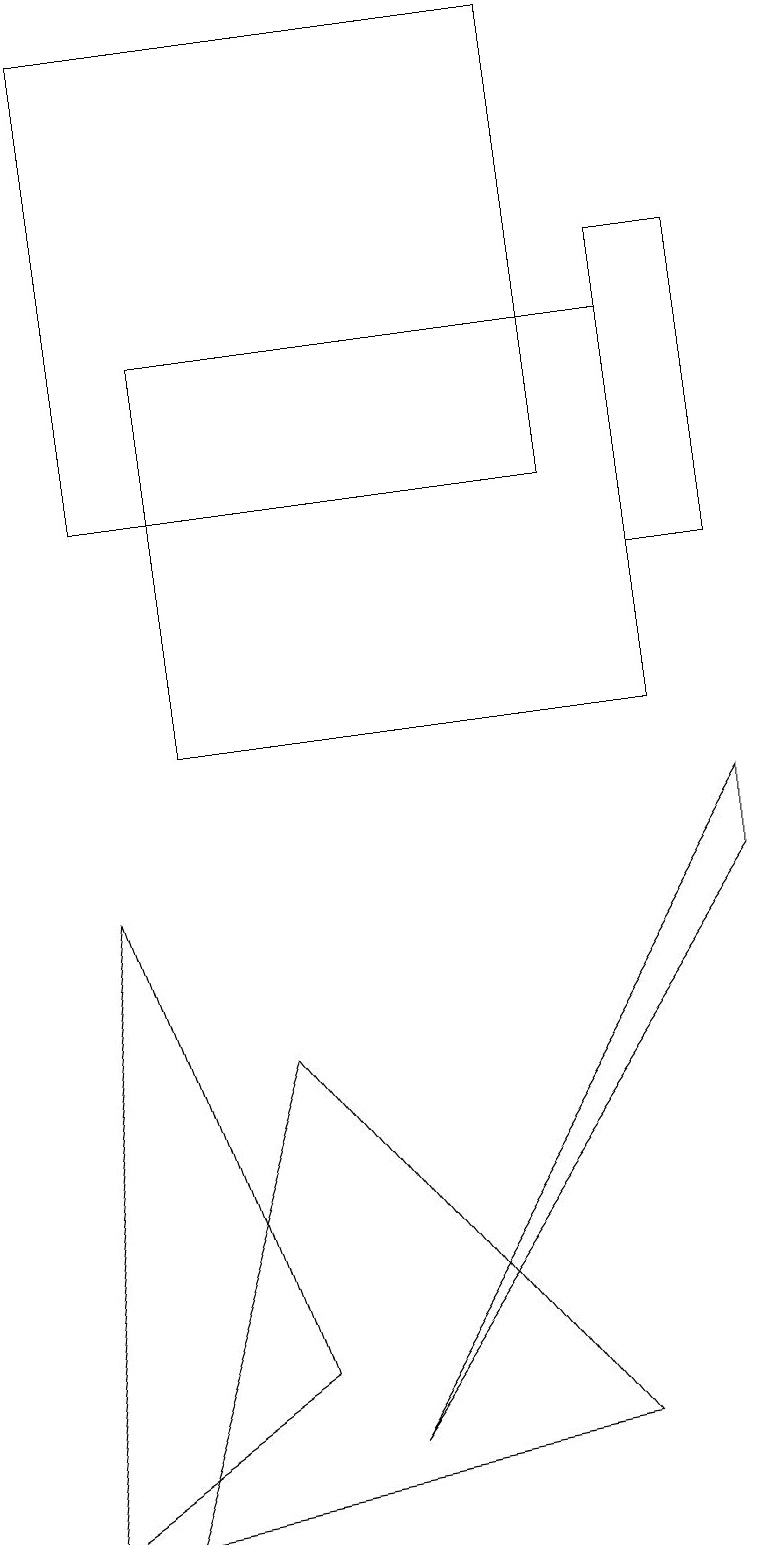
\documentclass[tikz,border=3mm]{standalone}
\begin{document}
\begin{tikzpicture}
\draw (7,1) -- (1,0) -- (3,6) -- cycle;
\draw (1,8) -- (0,0) -- (3,2) -- cycle;
\draw (9,16) rectangle (8,12);
\draw (9,8) -- (9,9) -- (4,1) -- cycle;
\draw (7,19) rectangle (1,13);
\draw (8,15) rectangle (2,10);
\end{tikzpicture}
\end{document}